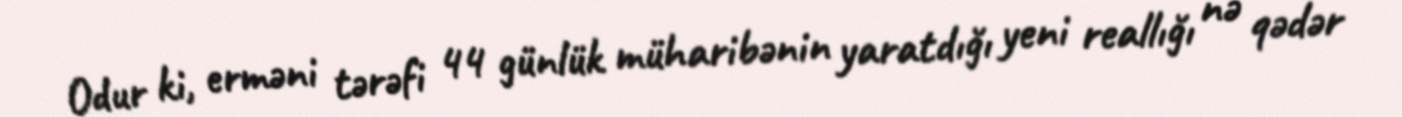
Odur ki, erməni tərəfi 44 günlük müharibənin yaratdığı yeni reallığı nə qədər